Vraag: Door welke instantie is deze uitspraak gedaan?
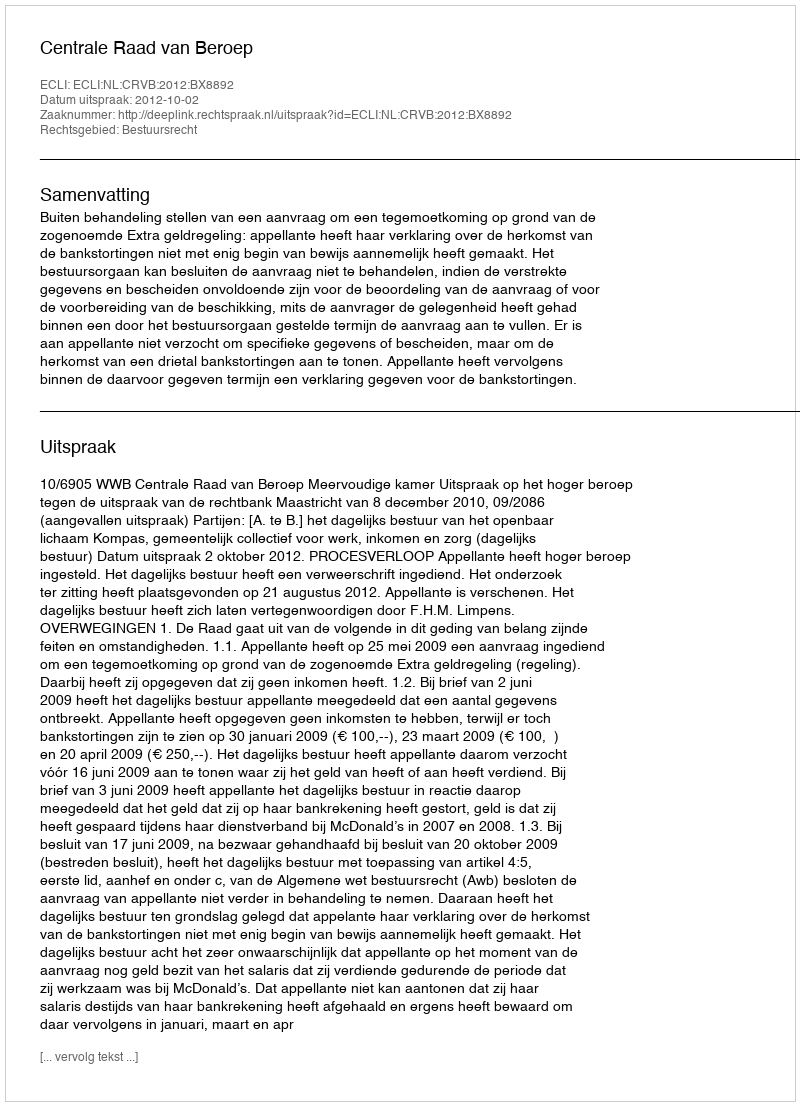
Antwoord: Centrale Raad van Beroep